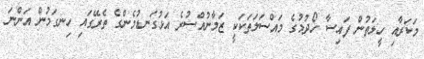
މަކަރާއި ހީލަތުން ފައިސާ ހޯދުމުގެ މައްސަލަތަކަކީ ޒަމާނުއްސުރެ އަޅުގަނޑުމެންގެ ތެރޭގައި ހިނގަމުން އަންނަ